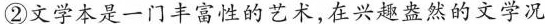
②文学本是一门丰富性的艺术，在兴趣盎然的文学况